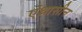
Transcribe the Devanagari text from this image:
एंथ्रासीन